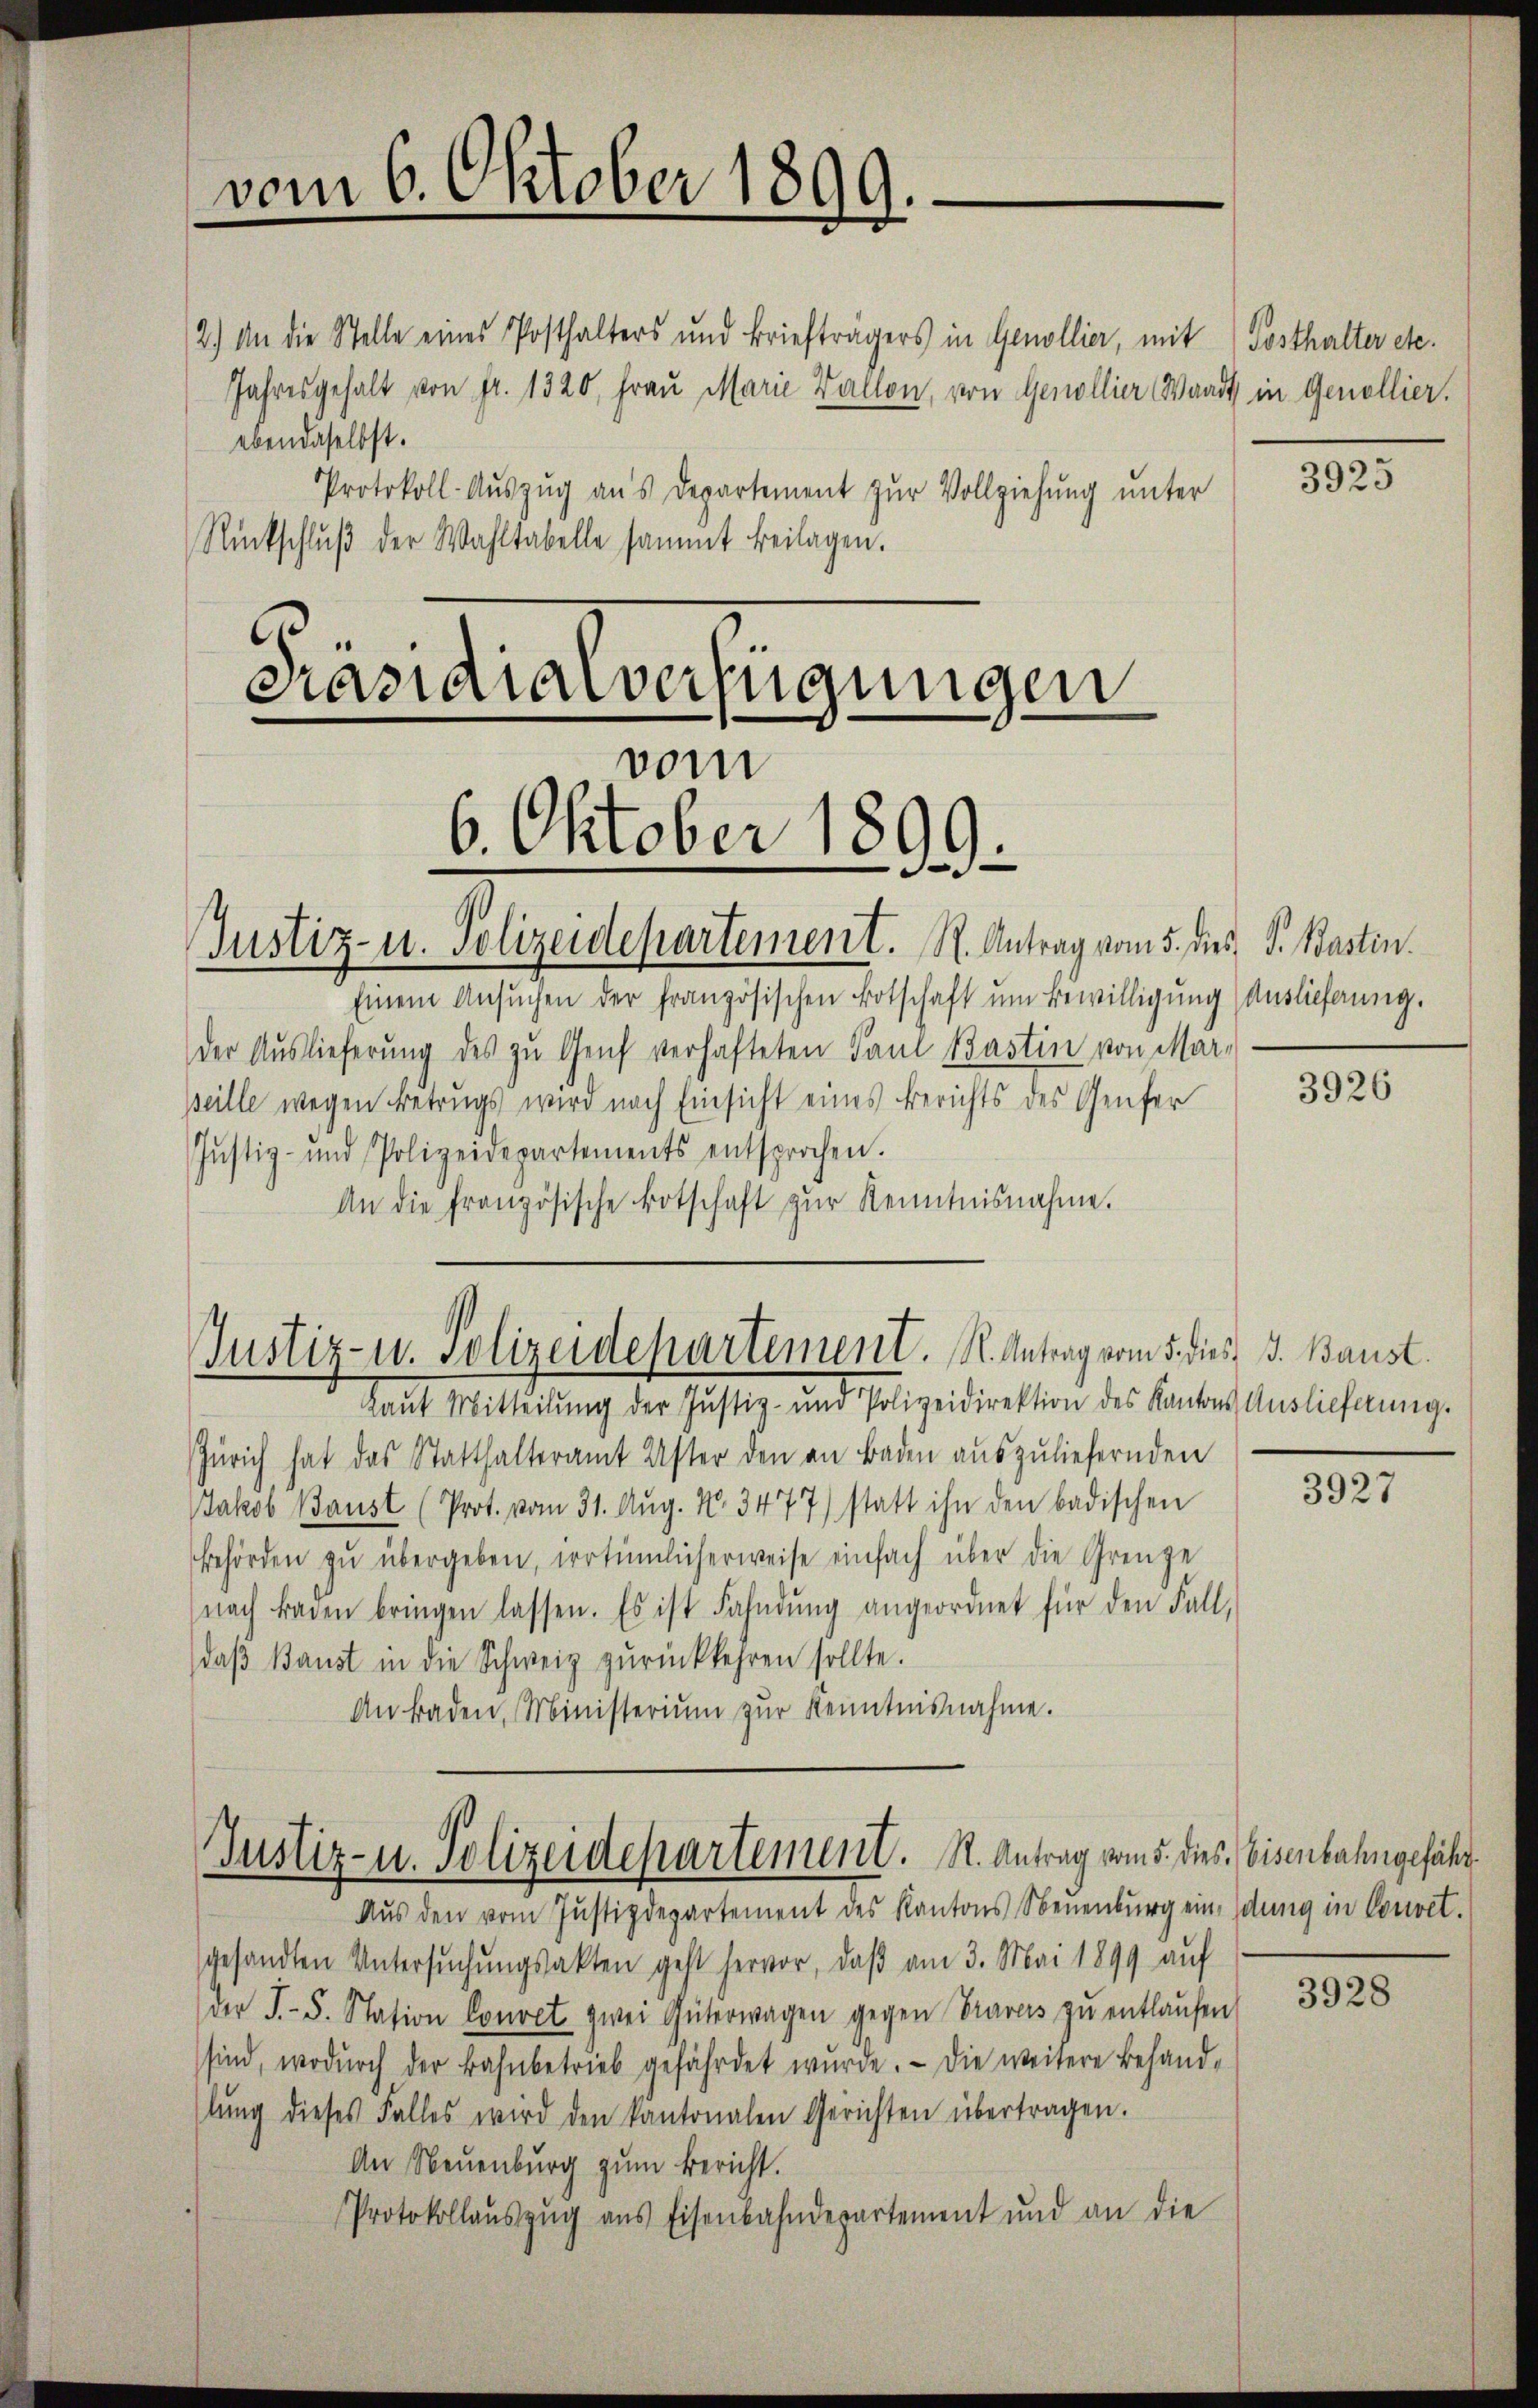
vom 6. Oktober 1899.

(2.) An die Stelle eines Posthalters und Briefträgers in Genollier, mit

Jahresgehalt von fr. 1320, Frau Marie Vallon, von Genollier Waadt in Genollier.
ebendaselbst.
Protokoll-Aŭszŭg ans Departement zŭr Vollziehung unter
Rückschlŭβ der Wahltabelle sammt beilagen.

Präsidialverfügungen
6. Oktober 1899.
Justiz- u. Polizeidepartement. R. Antrag vom 5. dies S. Bastin.

vom

Justiz- u. Polizeidepartement. K. Antrag vom 5. dies, d. Baust

Justiz- u. Polizeidepartement. R. Antrag vom 5. dies Eisenbahngefähr

Einem Ansuchen der französischen Botschaft um Bewilligung (Auslieferung.
der Auslieferung des zu Genf verhafteten Paul Bastin von Mar-
peille wegen Betrugs wird nach Einsicht eines Berichts des Genfer
Justiz- und Polizeidepartements entsprochen.
An die französische Botschaft zur Kenntnisnahme.

Laut Mitteilung der Justiz- und Polizeidirektion des Kantons Auslieferung.
Zürich hat das Statthalteramt Uster den an Baden aŭszŭliefernden
Jakob Baust (Prot. vom 31. Aug. N. 3477) statt ihn den badischen
Behörden zŭ übergeben, irrtümlicherweise einfach über die Grenze
nach Baden bringen lassen. Es ist Fahndŭng angeordnet für den Fall,
daβ Baust in die Schweiz zurückkehren sollte.
An Baden, Ministeriŭm zŭr Kenntnisnahme.

Aus den vom Justizdepartement des Kantons Neuenburg eindung in Couvet.
gesandten Untersŭchŭngsakten geht hervor, daβ am 3. Mai 1899 aŭf
der J.-S. Station Couvet zwei Güterwagen gegen Traves zŭ entlaŭfen
sind, wodŭrch der Bahnbetrieb gefährdet wŭrde. Die weitere Behand-
lŭng dieses Falles wird den kantonalen Gerichten übertragen.
An Neuenburg zum Bericht.
Protokollaŭszŭg ans Eisenbahndepartement und an die

Posthalter etc.

3925

3926

3927

3928